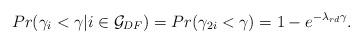
LaTeX: \begin{align*} Pr(\gamma_{i}<\gamma|i \in \mathcal{G}_{DF}) = Pr(\gamma_{2i}<\gamma) =1-e^{-\lambda_{rd} \gamma}.\end{align*}